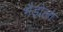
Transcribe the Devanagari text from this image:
भैड़ोला